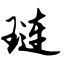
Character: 琏